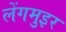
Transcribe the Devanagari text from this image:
लेंगमुइर